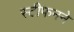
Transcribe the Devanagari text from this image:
स्टीफनने